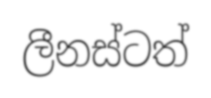
ලීනස්ටත්